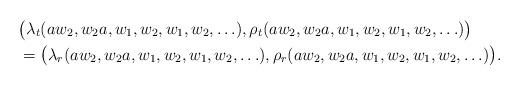
LaTeX: \begin{align*} &\bigl( \lambda_{t}(aw_2,w_2a,w_1,w_2,w_1,w_2,\ldots), \rho_{t}(aw_2,w_2a,w_1,w_2,w_1,w_2,\ldots)\bigr)\\ &= \bigl( \lambda_{r}(aw_2,w_2a,w_1,w_2,w_1,w_2,\ldots), \rho_{r}(aw_2,w_2a,w_1,w_2,w_1,w_2,\ldots)\bigr). \end{align*}